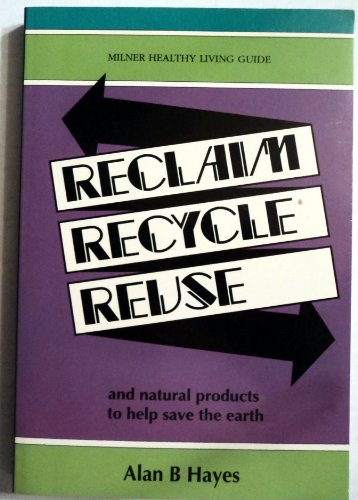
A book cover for Reclaim Recycle Reuse: And Natural Products to Help Save the Earth (Milner Healthy Living Guide); Alan B. Hayes; Science & Math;